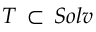
{ \cal T } \, \subset \, S o l v